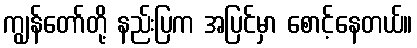
ကျွန်တော်တို့ နည်းပြက အပြင်မှာ စောင့်နေတယ်။